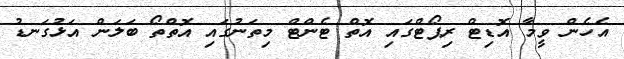
އެހެން ވީމާ އޮޑިޓް ރިޕޯޓްގައި އޮތް ޓެންޓް މިތަނުގައި އޮތްތޯ ބަލަން އަޅުގަނޑު